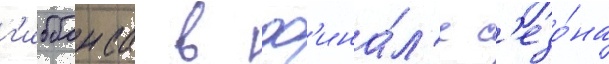
г'иббонса в ф'ина́л'е с'езо́на